Civil Veterinary Dept. Assam report 1911-1927 - 1911-1927
Year: 1911
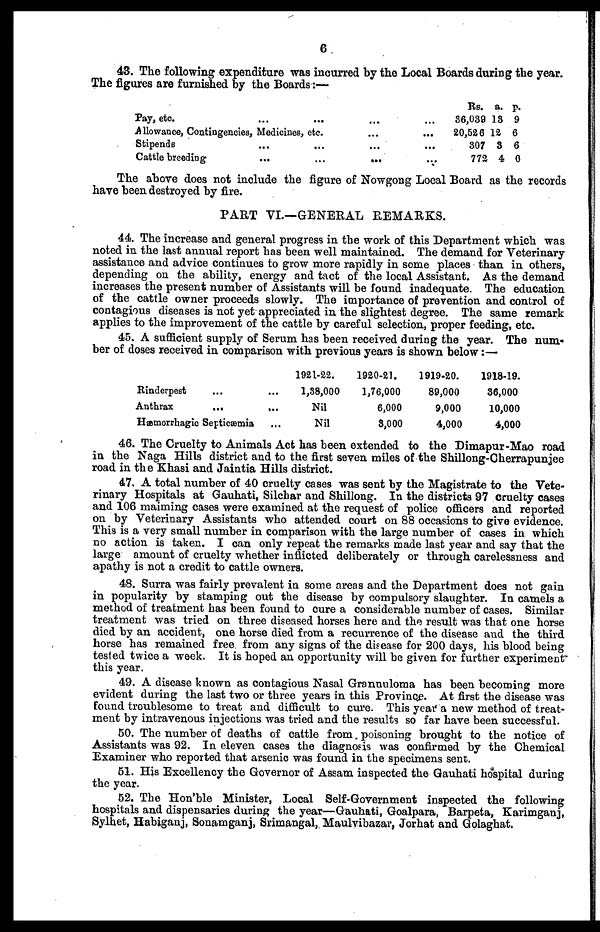
6
43. The following expenditure was incurred by the Local Boards during the year.
The figures are furnished by the Boards:—
Pay, etc. ... ... ... ...
Allowance, Contingencies, Medicines, etc. ... ...
Stipends ... ... ... ...
Cattle breeding ... ... ... ...
Rs.
36,039
20,526
307
772
a.
13
12
3
4
p.
9
6
6
0
The above does not include the figure of Nowgong Local Board as the records
have been destroyed by fire.
PART VI.—GENERAL REMARKS.
44. The increase and general progress in the work of this Department which was
noted in the last annual report has been well maintained. The demand for Veterinary
assistance and advice continues to grow more rapidly in some places than in others,
depending on the ability, energy and tact of the local Assistant. As the demand
increases the present number of Assistants will be found inadequate. The education
of the cattle owner proceeds slowly. The importance of prevention and control of
contagious diseases is not yet appreciated in the slightest degree. The same remark
applies to the improvement of the cattle by careful selection, proper feeding, etc.
45. A sufficient supply of Serum has been received during the year. The num-
ber of doses received in comparison with previous years is shown below:—
Rinderpest ... ...
Anthrax
... ...
Hæmorrhagic Septicæmia ...
1921-22.
1,38,000
Nil
Nil
1920-21.
1,76,000
6,000
3,000
1919-20.
89,000
9,000
4,000
1918-19.
36,000
10,000
4,000
46. The Cruelty to Animals Act has been extended to the Dimapur-Mao road
in the Naga Hills district and to the first seven miles of the Shillong-Cherrapunjee
road in the Khasi and Jaintia Hills district.
47. A total number of 40 cruelty cases was sent by the Magistrate to the Vete-
rinary Hospitals at Gauhati, Silchar and Shillong. In the districts 97 cruelty cases
and 106 maiming cases were examined at the request of police officers and reported
on by Veterinary Assistants who attended court on 88 occasions to give evidence.
This is a very small number in comparison with the large number of cases in which
no action is taken. I can only repeat the remarks made last year and say that the
large amount of cruelty whether inflicted deliberately or through carelessness and
apathy is not a credit to cattle owners.
48. Surra was fairly prevalent in some areas and the Department does not gain
in popularity by stamping out the disease by compulsory slaughter. In camels a
method of treatment has been found to cure a considerable number of cases. Similar
treatment was tried on three diseased horses here and the result was that one horse
died by an accident, one horse died from a recurrence of the disease and the third
horse has remained free from any signs of the disease for 200 days, his blood being
tested twice a week. It is hoped an opportunity will be given for further experiment
this year.
49. A disease known as contagious Nasal Grannuloma has been becoming more
evident during the last two or three years in this Province. At first the disease was
found troublesome to treat and difficult to cure. This year a new method of treat-
ment by intravenous injections was tried and the results so far have been successful.
50. The number of deaths of cattle from. poisoning brought to the notice of
Assistants was 92. In eleven cases the diagnosis was confirmed by the Chemical
Examiner who reported that arsenic was found in the specimens sent.
51. His Excellency the Governor of Assam inspected the Gauhati hospital during
the year.
52. The Hon'ble Minister, Local Self-Government inspected the following
hospitals and dispensaries during the year—Gauhati, Goalpara, Barpeta, Karimganj,
Sylhet, Habiganj, Sonamganj, Srimangal, Maulvibazar, Jorhat and Golaghat.